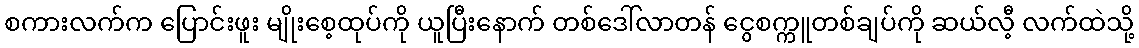
စကားလက်က ပြောင်းဖူး မျိုးစေ့ထုပ်ကို ယူပြီးနောက် တစ်ဒေါ်လာတန် ငွေစက္ကူတစ်ချပ်ကို ဆယ်လီ့ လက်ထဲသို့